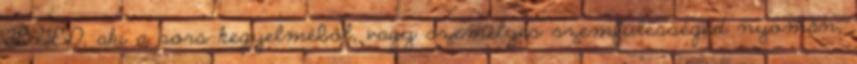
TÉGED, aki a sors kegyelméből, vagy személyes szemfülességed nyomán,